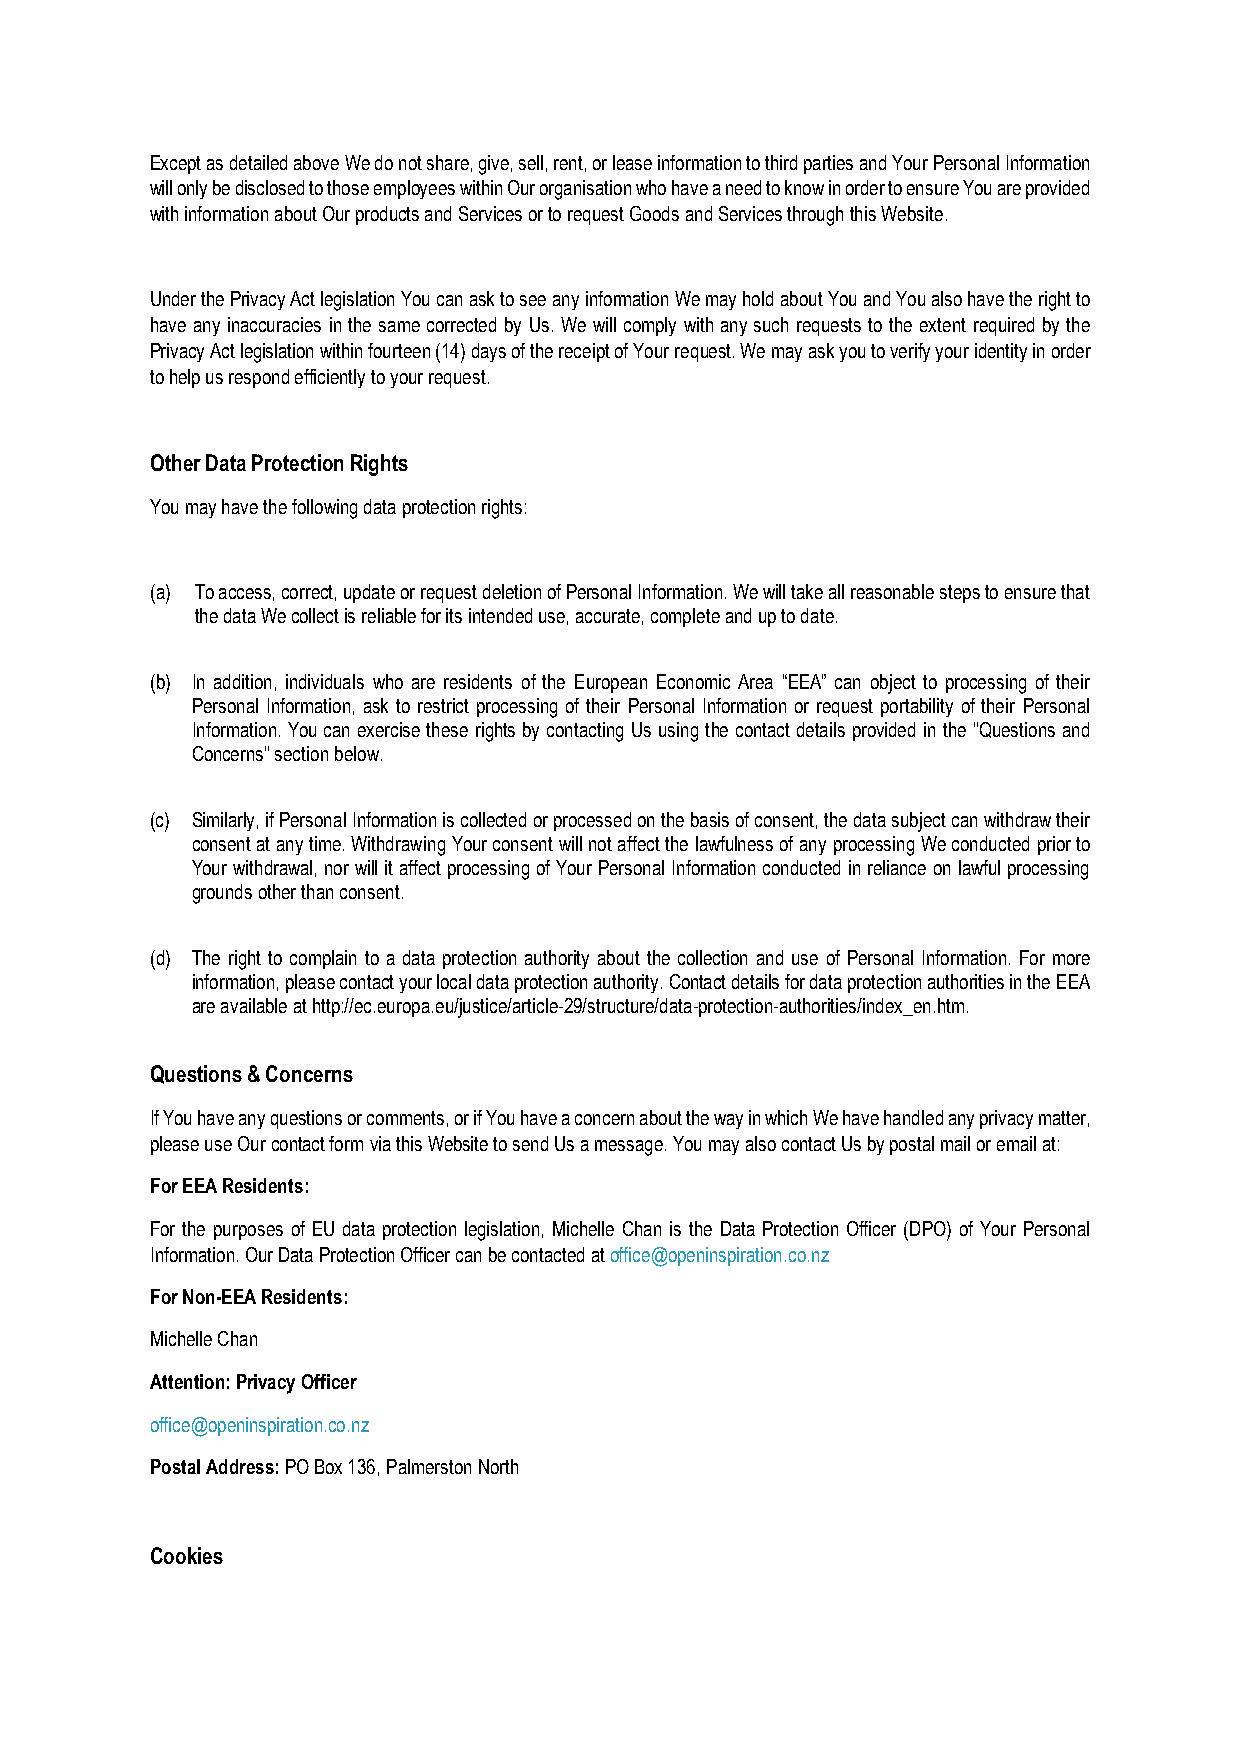
Except as detailed above We do not share, give, sell, rent, or lease information to third parties and Your Personal Information
 will only be disclosed to those employees within Our organisation who have a need to know in order to ensure You are provided
 with information about Our products and Services or to request Goods and Services through this Website.
 Under the Privacy Act legislation You can ask to see any information We may hold about You and You also have the right to
 have any inaccuracies in the same corrected by Us. We will comply with any such requests to the extent required by the
 Privacy Act legislation within fourteen (14) days of the receipt of Your request. We may ask you to verify your identity in order
 to help us respond efficiently to your request.
 Other Data Protection Rights
 You may have the following data protection rights:
 (a) To access, correct, update or request deletion of Personal Information. We will take all reasonable steps to ensure that
 the data We collect is reliable for its intended use, accurate, complete and up to date.
 (b) In addition, individuals who are residents of the European Economic Area “EEA” can object to processing of their
 Personal Information, ask to restrict processing of their Personal Information or request portability of their Personal
 Information. You can exercise these rights by contacting Us using the contact details provided in the "Questions and
 Concerns" section below.
 (c) Similarly, if Personal Information is collected or processed on the basis of consent, the data subject can withdraw their
 consent at any time. Withdrawing Your consent will not affect the lawfulness of any processing We conducted prior to
 Your withdrawal, nor will it affect processing of Your Personal Information conducted in reliance on lawful processing
 grounds other than consent.
 (d) The right to complain to a data protection authority about the collection and use of Personal Information. For more
 information, please contact your local data protection authority. Contact details for data protection authorities in the EEA
 are available at http://ec.europa.eu/justice/article-29/structure/data-protection-authorities/index_en.htm.
 Questions & Concerns
 If You have any questions or comments, or if You have a concern about the way in which We have handled any privacy matter,
 please use Our contact form via this Website to send Us a message. You may also contact Us by postal mail or email at:
 For EEA Residents:
 For the purposes of EU data protection legislation, Michelle Chan is the Data Protection Officer (DPO) of Your Personal
 Information. Our Data Protection Officer can be contacted at office@openinspiration.co.nz
 For Non-EEA Residents:
 Michelle Chan
 Attention: Privacy Officer
 office@openinspiration.co.nz
 Postal Address: PO Box 136, Palmerston North
 Cookies